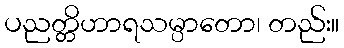
ပညတ္တိဟာရသမ္ပာတော၊ တည်း။